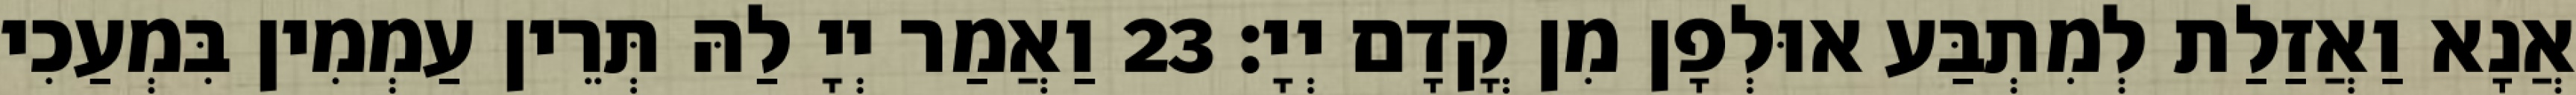
אֲנָא וַאֲזַלַת לְמִתְבַּע אוּלְפָן מִן קֳדָם יְיָ׃ 23 וַאֲמַר יְיָ לַהּ תְּרֵין עַמְמִין בִּמְעַכִי